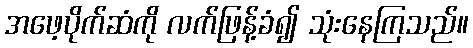
အဖေ့ပိုက်ဆံကို လက်ဖြန့်ခံ၍ သုံးနေကြသည်။